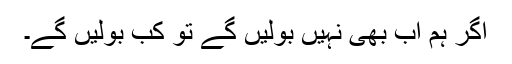
اگر ہم اب بھی نہیں بولیں گے تو کب بولیں گے۔